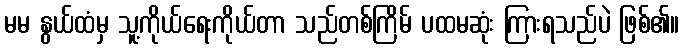
မမ နွယ်ထံမှ သူ့ကိုယ်ရေးကိုယ်တာ သည်တစ်ကြိမ် ပထမဆုံး ကြားရသည်ပဲ ဖြစ်၏။